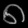
Digit: ၈